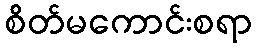
စိတ်မကောင်းစရာ